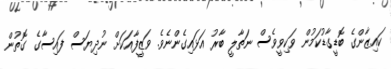
ކައިޒާންގެ ބޮޑީގާޑުކަމުން ވަކިވީވެސް ނަތާލީ ބާރު އަޅައިގެންނެވެ. ވަޒީފާއަކަށް ނުދިޔަސް ފައިސާގެ ގޮތުން